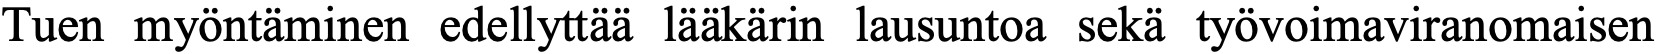
Tuen myöntäminen edellyttää lääkärin lausuntoa sekä työvoimaviranomaisen